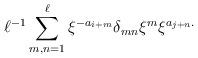
LaTeX: \begin{align*}\ell^{-1} \sum_{m,n=1}^{\ell} \xi^{-a_{i+m}} \delta_{mn} \xi^m \xi^{a_{j+n}.}\end{align*}